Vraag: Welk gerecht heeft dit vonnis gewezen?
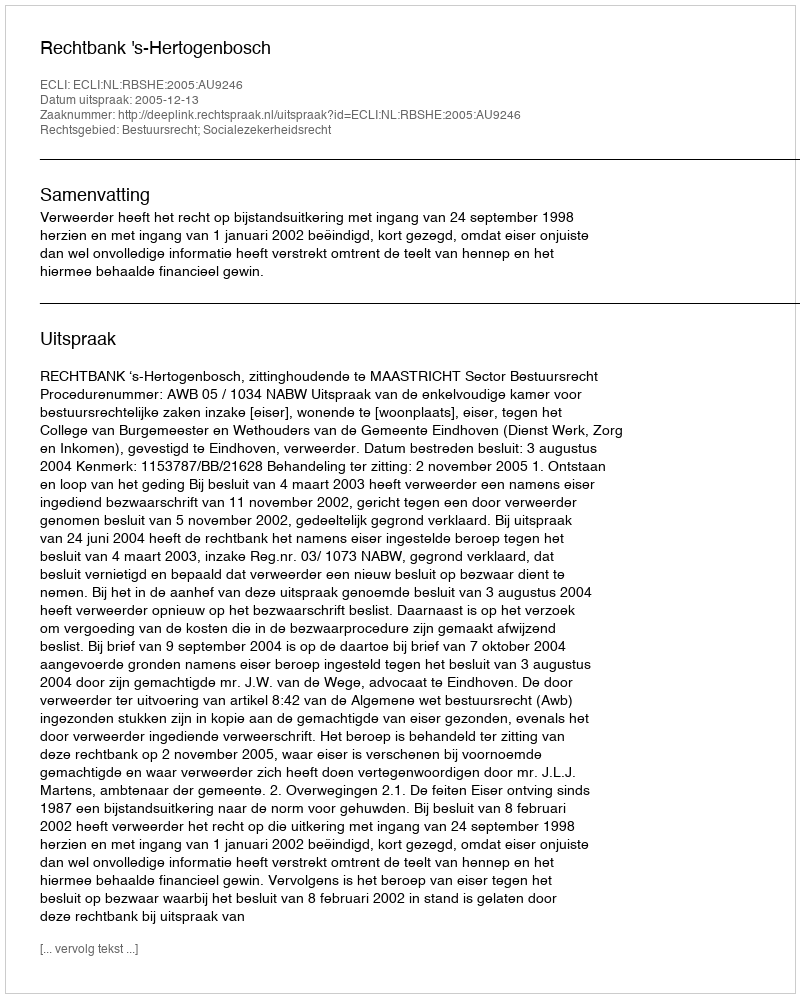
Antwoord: Rechtbank 's-Hertogenbosch